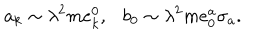
a _ { k } \sim \lambda ^ { 2 } m e _ { k } ^ { 0 } , b _ { 0 } \sim \lambda ^ { 2 } m e _ { 0 } ^ { a } \sigma _ { a } .